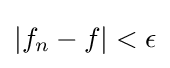
|f_{n}-f|<\epsilon